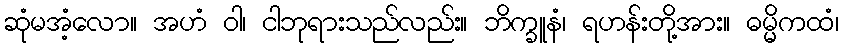
ဆုံမအံ့လော။ အဟံ ဝါ၊ ငါဘုရားသည်လည်း။ ဘိက္ခူနံ၊ ရဟန်းတို့အား။ ဓမ္မိကထံ၊